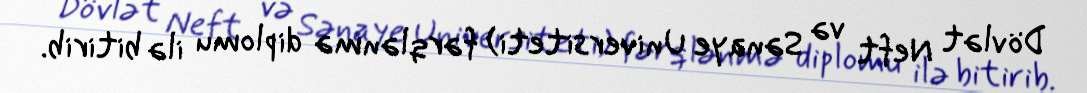
Dövlət Neft və Sənaye Universiteti) fərqlənmə diplomu ilə bitirib.